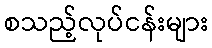
စသည့်လုပ်ငန်းများ